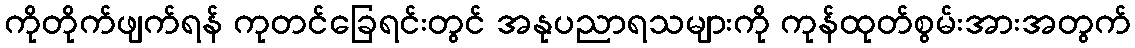
ကိုတိုက်ဖျက်ရန် ကုတင်ခြေရင်းတွင် အနုပညာရသများကို ကုန်ထုတ်စွမ်းအားအတွက်